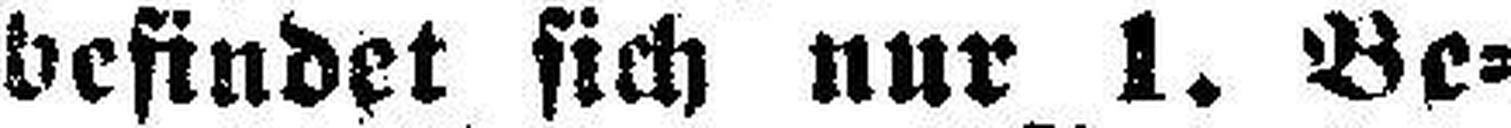
befindet sich nur 1. Be¬